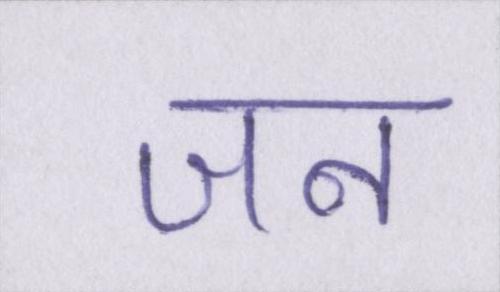
जन